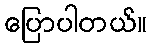
ပြောပါတယ်။